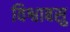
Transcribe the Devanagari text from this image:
विश्वाबसु